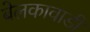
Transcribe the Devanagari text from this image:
बेलकावाडी